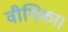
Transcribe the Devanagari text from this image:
वीथिका।